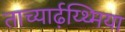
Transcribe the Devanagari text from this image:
ताच्यार्ढ़य्थ्मिया